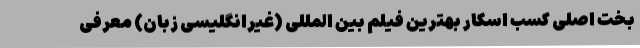
بخت اصلی کسب اسکار بهترین فیلم بین المللی (غیرانگلیسی زبان) معرفی